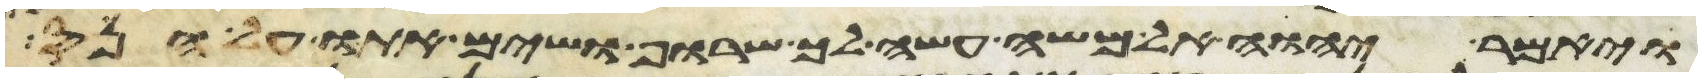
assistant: ויאמר יהוה אל משה עשה לך שרוף ושים אתו על הנס